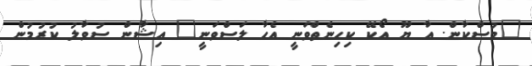
"މުސްކާން. އާ ޔޫ އޯކޭ ކިހިނެތްވަނީ އެހާ ލަސްވަނީ" އިޝާން ސުވާލު ކުރުމުން